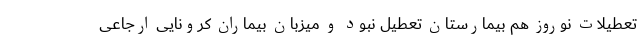
تعطیلات نوروز هم بیمارستان تعطیل نبود و میزبان بیماران کرونایی ارجاعی